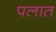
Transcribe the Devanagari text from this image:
पलात